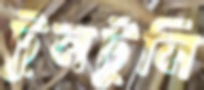
টুলটুলি